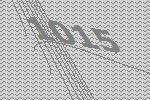
1015